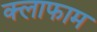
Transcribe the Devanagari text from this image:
क्लाफाम